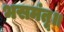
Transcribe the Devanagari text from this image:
भसमंतू॥